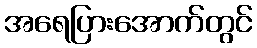
အရေပြားအောက်တွင်